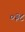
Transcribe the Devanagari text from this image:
०३८